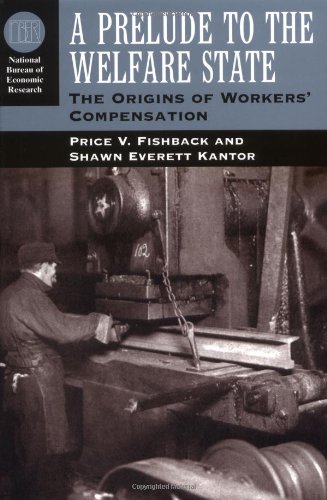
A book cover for A Prelude to the Welfare State: The Origins of Workers' Compensation (National Bureau of Economic Research Series on Long-Term Factors in Economic Dev); Price V. Fishback; Business & Money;